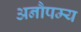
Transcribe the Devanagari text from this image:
अनौपम्य